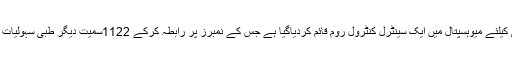
مریضوں اور ان کے اہلخانہ کی رہنمائی کیلئے میوہسپتال میں ایک سینٹرل کنٹرول روم قائم کردیاگیا ہے جس کے نمبرز پر رابطہ کرکے 1122سمیت دیگر طبی سہولیات بارے معلومات حاصل کی جاسکتی ہیں۔